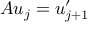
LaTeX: A u _ { j } = u _ { j + 1 } ^ { \prime }